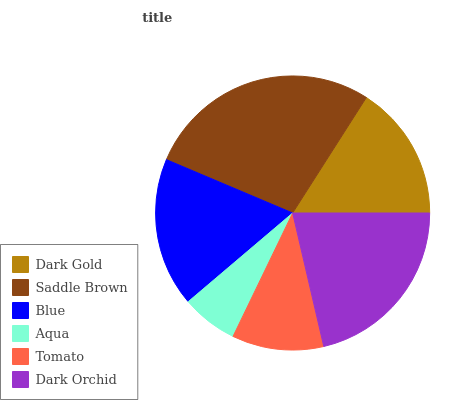
| Dark Gold | Saddle Brown | Blue | Aqua | Tomato | Dark Orchid |
 | --- | --- | --- | --- | --- | --- |
 | 15.9% | 27.7% | 17.5% | 6.64% | 10.8% | 21.4% |